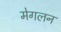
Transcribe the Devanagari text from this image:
मेगलन